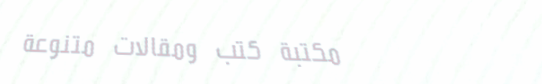
مكتبة كتب ومقالات متنوعة